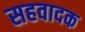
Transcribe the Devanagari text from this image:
सहवादक